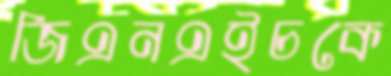
জিএনএইচকে